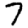
Digit: 7